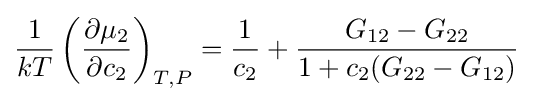
{\frac {1}{kT}}\left({\frac {\partial \mu _{2}}{\partial c_{2}}}\right)_{T,P}={\frac {1}{c_{2}}}+{\frac {G_{12}-G_{22}}{1+c_{2}(G_{22}-G_{12})}}